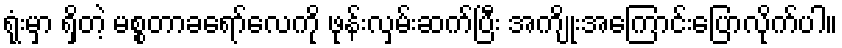
ရုံးမှာ ရှိတဲ့ မစ္စတာခရော်လေကို ဖုန်းလှမ်းဆက်ပြီး အကျိုးအကြောင်းပြောလိုက်ပါ။